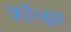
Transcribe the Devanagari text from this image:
कॉल्म्नर